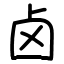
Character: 卤